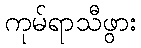
ကုမ်ရာသီဖွား